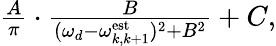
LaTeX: \begin{array}{r}{\frac{A}{\pi}\cdot\frac{B}{(\omega_{d}-\omega_{k,k+1}^{\textrm{est}})^{2}+B^{2}}+C,}\end{array}